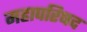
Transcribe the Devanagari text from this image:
महापरिषद